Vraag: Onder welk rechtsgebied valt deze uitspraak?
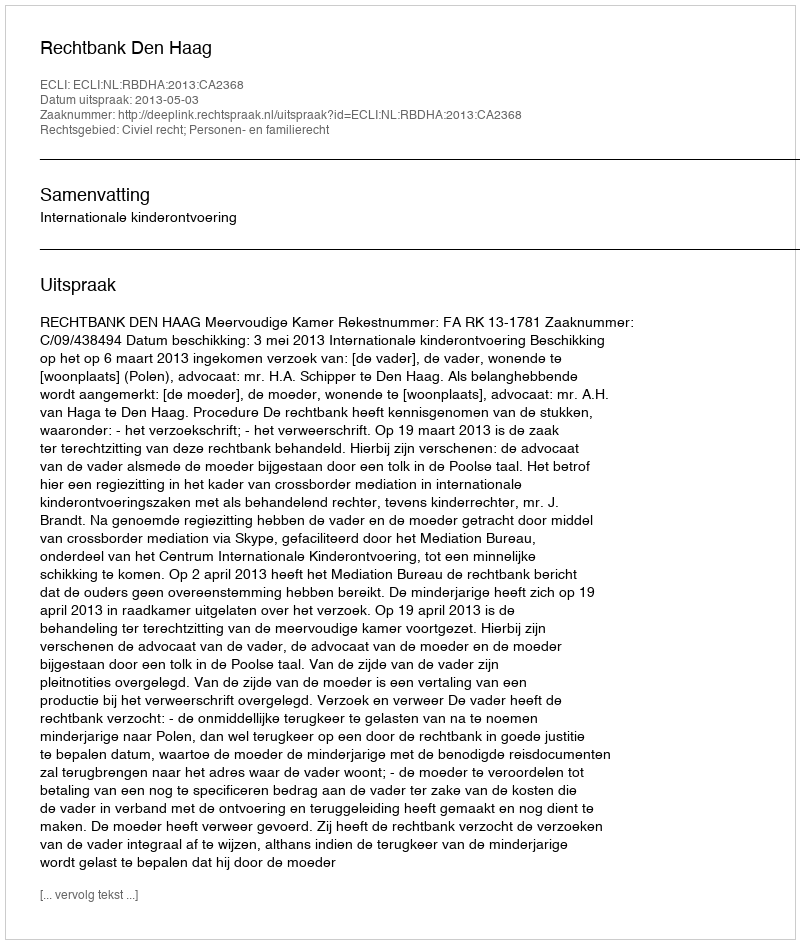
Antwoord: Civiel recht; Personen- en familierecht